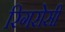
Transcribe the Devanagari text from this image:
रिगरोसी